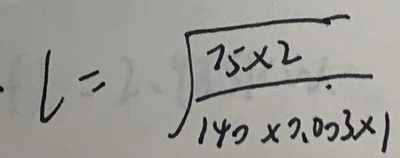
\[ l = \sqrt{\frac{75\times2}{140\times2.003\times1}} \]